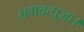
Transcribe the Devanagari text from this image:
भगवत्पूजा।